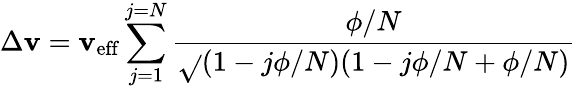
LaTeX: \Delta\mathbf{v}=\mathbf{v}_{\mathrm{{{eff}}}}\sum_{j=1}^{j=N}{\frac{{\phi/N}}{{\sqrt{}{{(1-j\phi/N)(1-j\phi/N+\phi/N)}}}}}